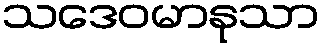
သဒေဝမာနုသာ